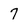
Character: 7